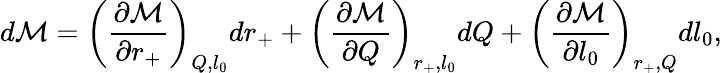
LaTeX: d\mathcal{M}=\bigg(\frac{\partial\mathcal{M}}{\partial r_{+}}\bigg)_{Q,l_{0}}dr_{+}+\bigg(\frac{\partial\mathcal{M}}{\partial Q}\bigg)_{{r_{+}},l_{0}}dQ+\bigg(\frac{\partial\mathcal{M}}{\partial l_{0}}\bigg)_{r_{+},Q}dl_{0},